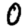
Digit: 0